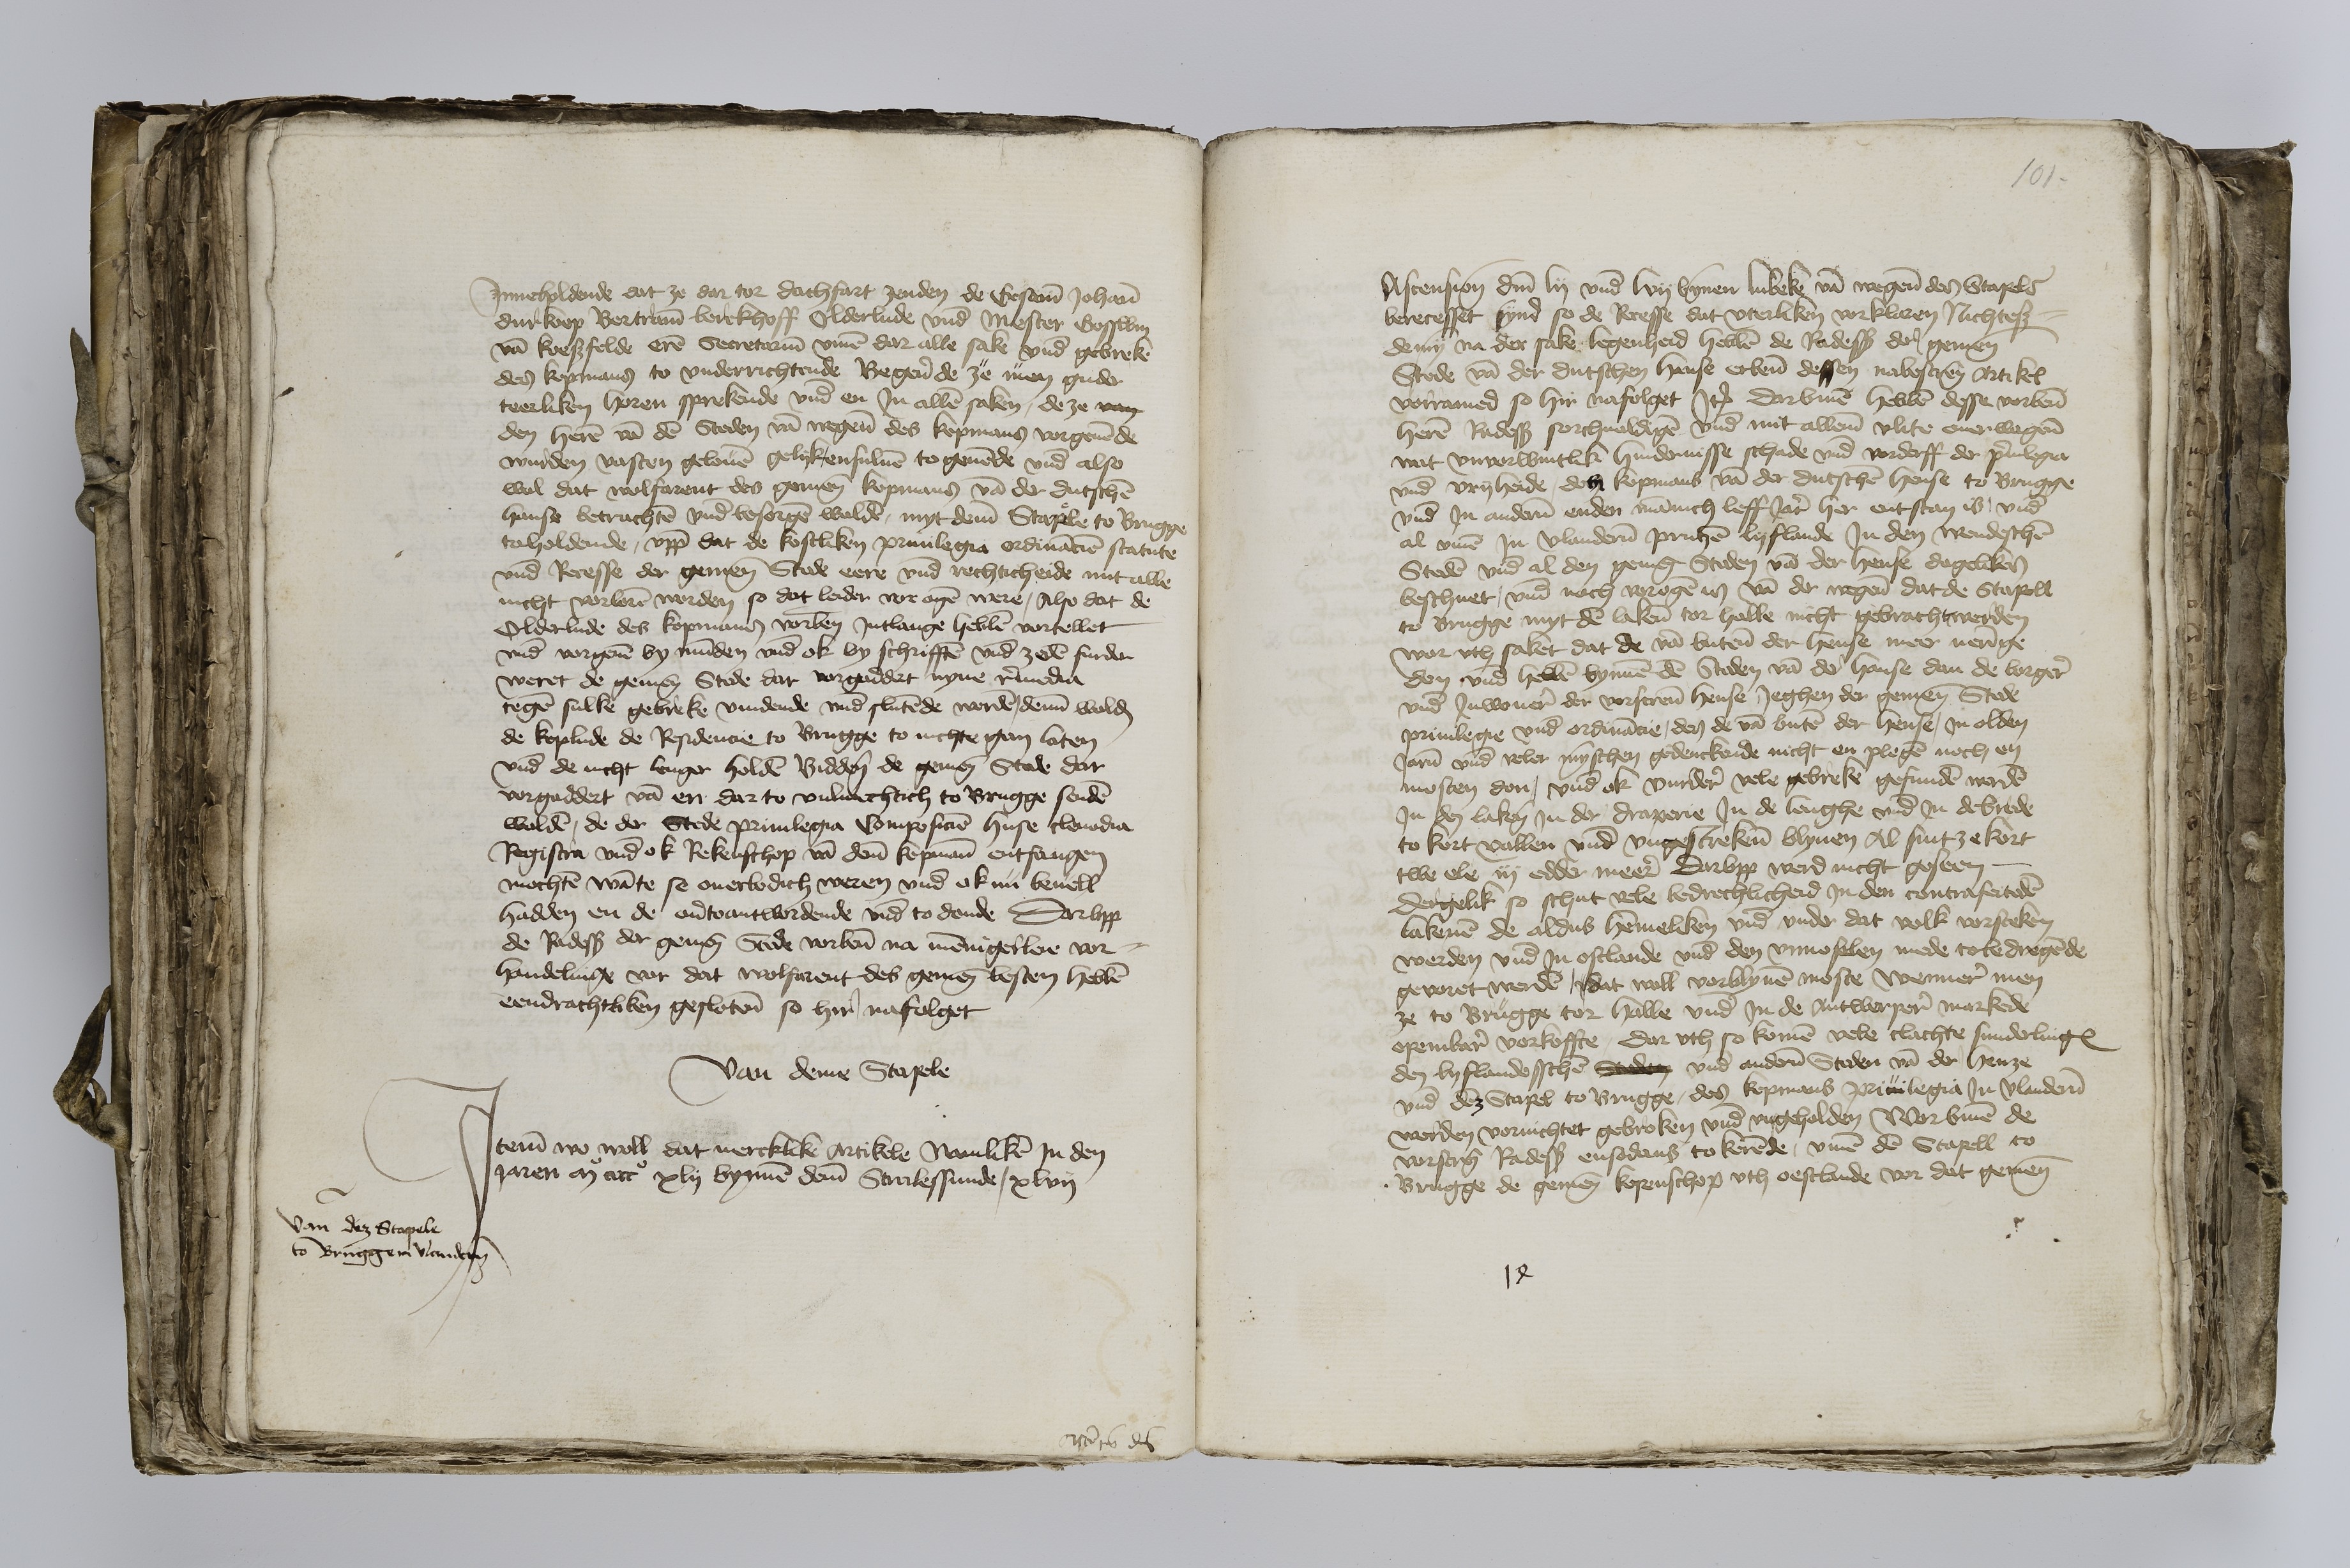
Jnneholdende dat ze dar tor dachfart zenden de Ersame Johann
Durkoop Bertrame Berekhoff Olderlude vnde Mester Gosswin
van Koeßfelde eren Secretarien vmme dar alle sake vnde gebreke
des kopmans to vnderrichtende Begerende ze men gude
teerliken horen sprekende vnde en Jn allen saken, de ze van
den heren van den Steden van wegene des kopmans vorgeuende
wurden vasten gelouen gelykensuluen to geuende vnde also
wol dat wolfarent des gemenen kopmans van der dutschen
hanse betrachten vnde besorgen wolden, myt deme Stapele to Brugge
toholdende, vppe dat de kostliken priuilegia ordinancien statute
vnde Recesse der gemenen Stede eere vnde rechticheide mit alle
nicht vorloren werden so dat leider vor ogen were, Also dat de
Olderlude des kopmans vorbenomeden Jntlange hebben vortellet
vnde vorgeuen by munden vnde ok by schrifften vnde zeden furder
weret de gemenen Stede dar vorgaddet nyne remedia
tegen sulke gebreke vindende vnde slutende worden, deme wolden
de koplude de Residencie to Brugge to nichte gan laten
vnde de nicht lenger holden Biddende de gemenen Stede dar
vorgaddert van en dar to vulmechtich to Brugge senden
wolden, de der Stede priuilegia Composicien huse clenodia
Registra vnde ok Rekenschop van deme kopmann entfangen
mochten wante se ouerbodich weren vnde ok nu beuell
hadden en de ouertoantwordende vnde to donde Darvpp
de Radessendeboden der gemenen Stede vorbenomede na mennigerleie vor¬
handelinge vor dat wolfarent des gemenen besten hebben
eendrachtliken geslotene so hir nafolget

Van deme Stapele

Jtem wo woll dat mercklike artikele namliken Jn den
Jaren Mo cccco xlij bynnen deme Stralessunde, xlvij

Van der Stapele
to Brugge in Vlanderen

101

Ascensione domini lij vnde lvij bynnen Lubeke van wegene des Stapels
berecesset synd so de Recesse dat vterliken vorklaren Nichtes¬
demyn na der sake legenheid hebben de Radessendeboden der gemenen
Stede van der dutschen hanse erbenomed dessen nabescreuen Artikel
vorramed so hir nafolget Jtem darvmme hebben desse vorbenomeden
heren Radessendeboden sorchueldigen vnde mit alleme vlite ouerwogene
wat vnverwintlik hindernisse schade vnde vorderff der priuilegia
vnde vryheide des kopmans van der dutschen hense to Brugge
vnde Jn anderen enden mannich leff Jar her entstan is vnde
al vmme Jn Vlanderen Prutzen Lyflande Jn den wendeschen
Steden vnde al den genegen Steden van der hense dageliken
beschuet, vnde nach vorogen is van der wegene dat de Stapell
to Brugge myt den lakene tor halle nicht gebracht werden
war vth saket dat de van buten der hense meer neringe
den vnde hebben bynnen den Steden van der hanse dan de borger
vnde Jnwoner der vorscreuen hense, Jeghen der gemenen Stede
priuilegie vnde ordinancie, des de van buten der hense, Jn olden
Jaren vnde veler mynschen gedenckende nicht en plegen noch en
mosten don, vnde ok vurder vele gebreke gesunden werden
Jn den lakene Jn der draperie Jn de lenghe vnde Jn de brede
to kort vallen vnde vngestrekene blyuen Al sint ze kort
twe ele iij edder meer darvpp werd nicht geseen
dergelik so schut vele bedrechlicheid Jn den contrafeiteden
lakenen de aldus hemmeliken vnde vnder dat volk vorsteken
werden vnde Jn ostlande vnde den vnuoselen mede tobedregende
gevoret werden, dat woll vorblyuen moste wenner men
ze to Brugge tor halle vnde Jn de Antwerperen markede
openbar vorkoffte, Dar vth so komen vele clachte sunderlinges
den lyflandesschen Steden vnde anderen Steden van der henze
vnde des Stapel to Brugge, des kopmans priuilegia Jn Vlanderen
werden vornichtet gebroken vnde vngeholden Worvmme de
vorscreuen Radessendeboden ensodans to kerende vmme den Stapell to
Brugge de gemenen kopenschop vth oestlande vor dat gemene